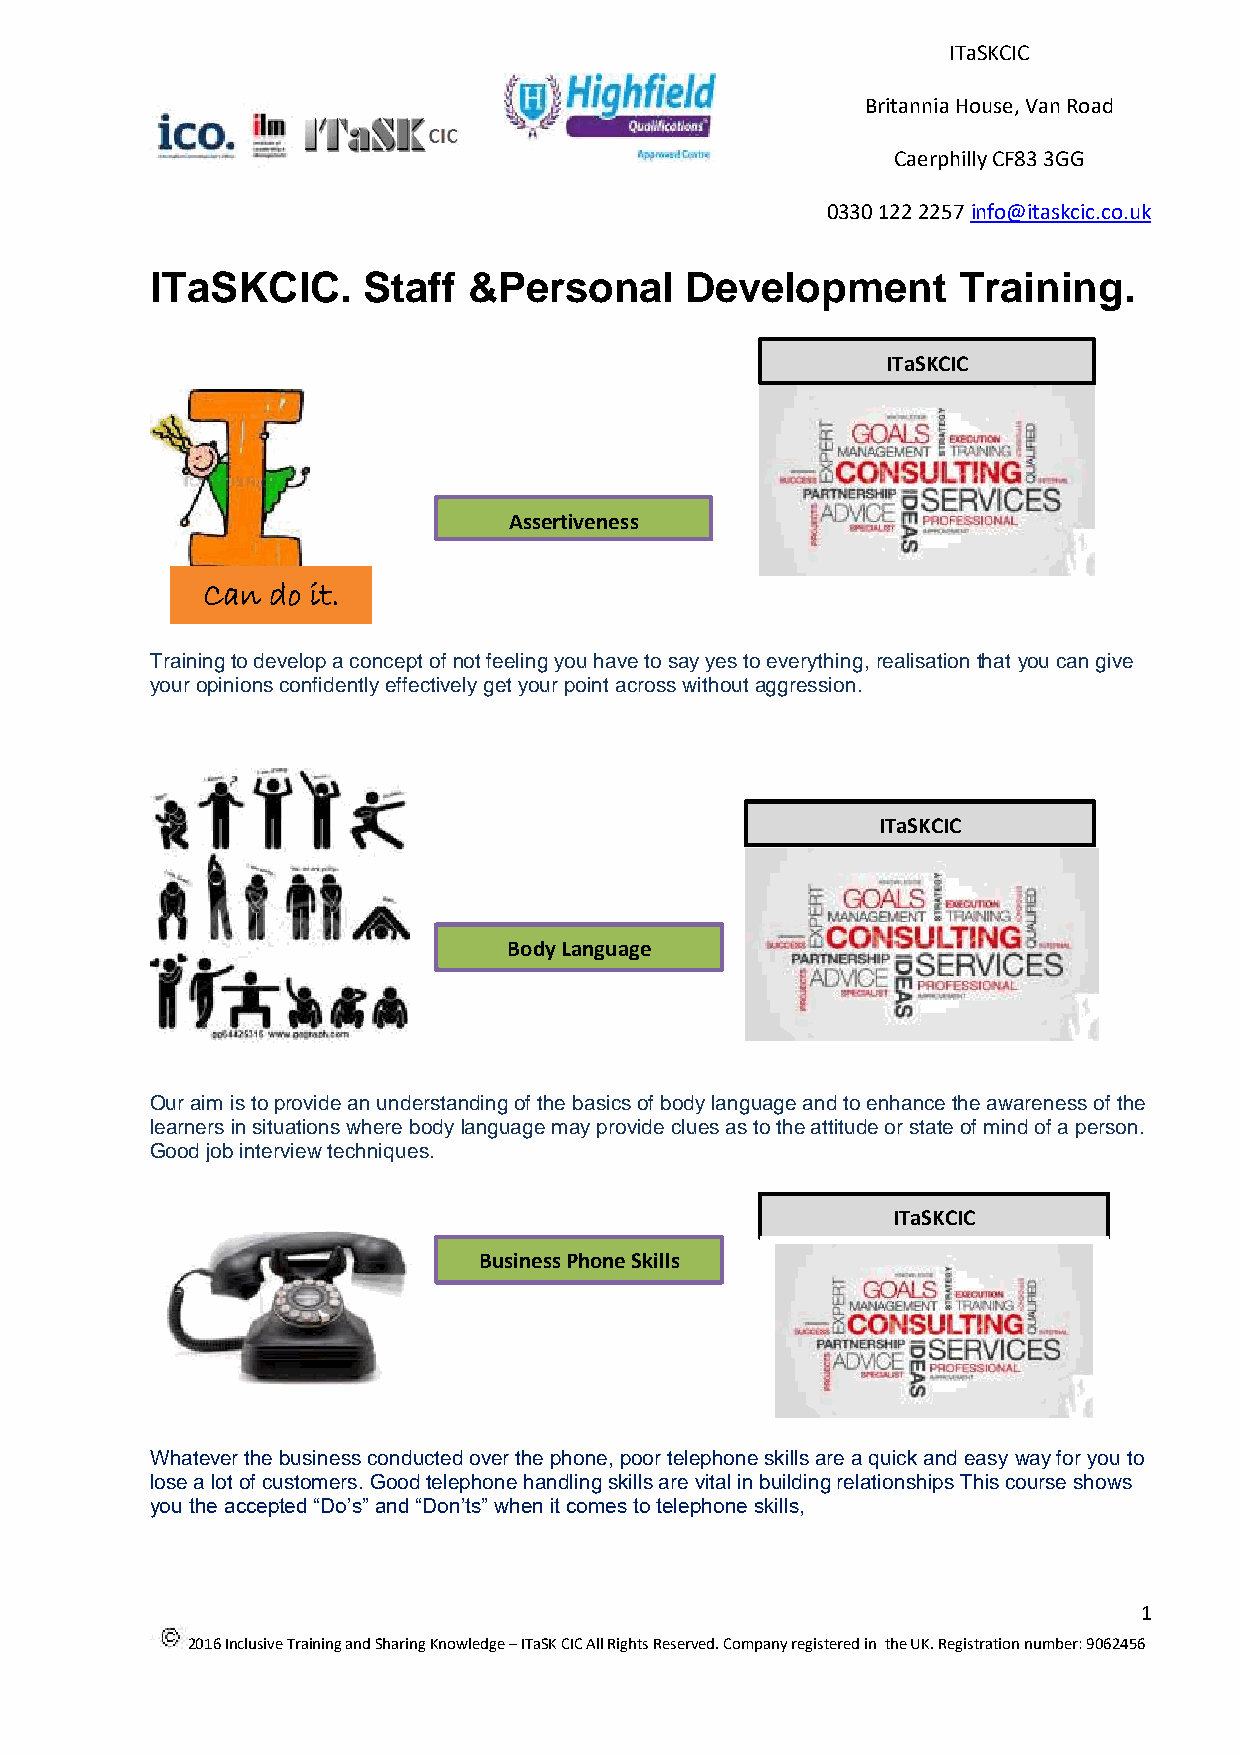
ITaSKCIC
 Britannia House, Van Road
 C a e r p h i l l y C F 8 3 3 G G
 0330 122 2257 info@itaskcic.co.uk
 www.rightsforus-r4u.co.uk
 ITaSKCIC.     Staff  &Personal     Development       Training.
 ITaSKCIC
 Assertiveness
 Can  do it.
 Training to develop a concept of not feeling you have to say yes to everything, realisation that you can give
 your opinions confidently effectively get your point across without aggression.
 ITaSKCIC
 Body Language
 Our aim is to provide an understanding of the basics of body language and to enhance the awareness of the
 learners in situations where body language may provide clues as to the attitude or state of mind of a person.
 Good job interview techniques.
 ITaSKCIC
 Business Phone Skills
 Language
 Whatever the business conducted over the phone, poor telephone skills are a quick and easy way for you to
 lose a lot of customers. Good telephone handling skills are vital in building relationships This course shows
 you the accepted “Do’s” and “Don’ts” when it comes to telephone skills,
 1
 2016 Inclusive Training and Sharing Knowledge – ITaSK CIC All Rights Reserved. Company registered in the UK. Registration number: 9062456